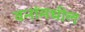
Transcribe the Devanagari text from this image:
वनांमधील